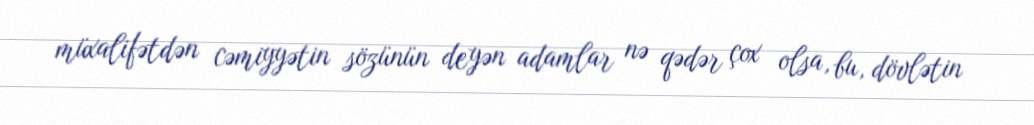
müxalifətdən cəmiyyətin sözünün deyən adamlar nə qədər çox olsa, bu, dövlətin